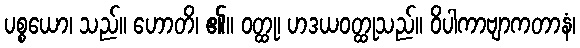
ပစ္စယော၊ သည်။ ဟောတိ၊ ၏။ ဝတ္ထု၊ ဟဒယဝတ္ထုသည်။ ဝိပါကာဗျာကတာနံ၊